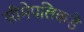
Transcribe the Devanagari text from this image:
सीमेपलिकडे